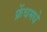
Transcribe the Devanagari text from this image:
फ्रेंचमधे